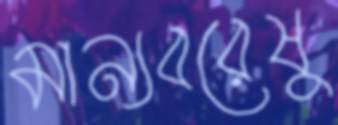
মান্যবরেষু